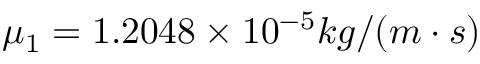
\mu _ { 1 } = 1 . 2 0 4 8 \times 1 0 ^ { - 5 } k g / ( m \cdot s )